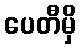
ပေတီမှိ